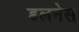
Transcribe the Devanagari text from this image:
डलनेस